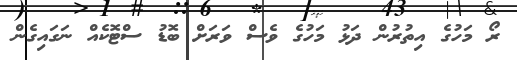
ރޯ މަހުގެ އިތުރުން ދަޅު މަހުގެ ވެސް ވަރަށް ބޮޑު ސްޓޮކެއް ނަގައިގެން